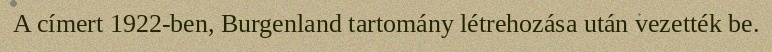
A címert 1922-ben, Burgenland tartomány létrehozása után vezették be.